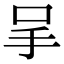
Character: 𠰅